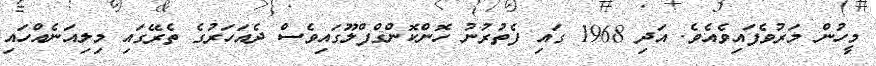
މީހުން މަރުވެފައިވެއެވެ. އަދި 1968 ގައި ފެތުރުނު ހޮންކޮންގްފްލޫގައިވެސް ދެއަހަރުގެ ތެރޭގައި މިލިއަނެއްހައި